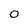
Character: 0